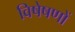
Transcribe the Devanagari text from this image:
विषेषणों